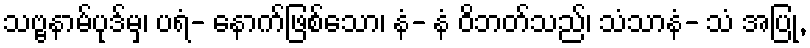
သဗ္ဗနာမ်ပုဒ်မှ၊ ပရံ- နောက်ဖြစ်သော၊ နံ- နံ ဝိဘတ်သည်၊ သံသာနံ- သံ အပြု,